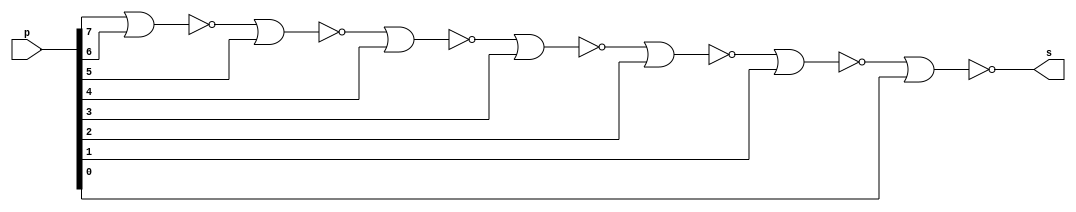
// -------------------------
// Extra01 - BYTE
// Nome: Davidson Francis
// -------------------------

// -------------------------
// -- BYTE gate
// -------------------------

module bytegate (output s, input[0:7] p);
  wire temp1,temp2,temp3,temp4,temp5,temp6,temp7;
  
  nor NOR1(temp1, p[0], p[1]);
  nor NOR2(temp2, temp1, p[2]);
  nor NOR3(temp3, temp2, p[3]);
  nor NOR4(temp4, temp3, p[4]);
  nor NOR5(temp5, temp4, p[5]);
  nor NOR6(temp6, temp5, p[6]);
  nor NOR7(temp7, temp6, p[7]);

  assign s = temp7;
endmodule

// -------------------------
// -- test byte gate
// -------------------------

module testbytegate;

// ------------------------- dados locais

reg [0:7] a;
wire s; // definir conexao (fio)

// ------------------------- instancia
bytegate BYTE1 (s, a);
// ------------------------- preparacao

initial begin:start
  a=8'b00000000;
end

// ------------------------- parte principal

initial begin:main
               // execucao unitaria
  $display("Extra01 - DavidsonFrancis - 466499");
  $display("Test BYTE gate:"); 
  $monitor("%b ~| %b ~| %b ~| %b ~| %b ~| %b ~| %b ~| %b = %b", a[0],a[1],a[2],a[3],a[4],a[5],a[6],a[7],s);

  end
endmodule // testbytegate